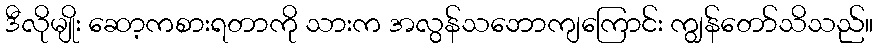
ဒီလိုမျိုး ဆော့ကစားရတာကို သားက အလွန်သဘောကျကြောင်း ကျွန်တော်သိသည်။